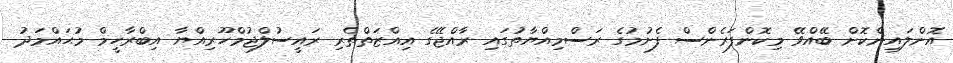
އޮންލައިންކޮށް ބޭއްވޭ މިކޮންފަރެންސް ފެށުމުގެ ރަސްމިއްޔާތުގައި ރާއްޖޭގެ އިއްޒަތްތެރި ރައީސުލްޖުމްހޫރިއްޔާ އިބްރާހީމް މުޙައްމަދު